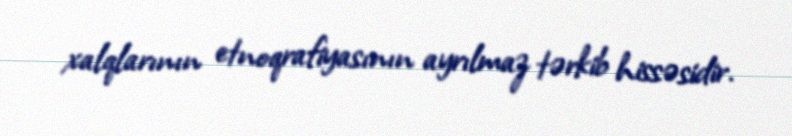
xalqlarının etnoqrafiyasının ayrılmaz tərkib hissəsidir.